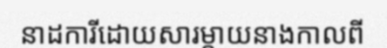
នាដការីដោយសារម្តាយនាងកាលពី